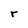
Character: r